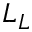
L _ { L }